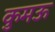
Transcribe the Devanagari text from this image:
कुमऊ